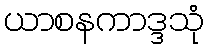
ယာစနကာဒ္ဒသုံ